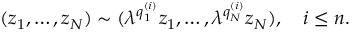
( z _ { 1 } , \ldots , z _ { N } ) \sim ( \lambda ^ { q _ { 1 } ^ { ( i ) } } z _ { 1 } , \ldots , \lambda ^ { q _ { N } ^ { ( i ) } } z _ { N } ) , ~ ~ ~ i \le n .